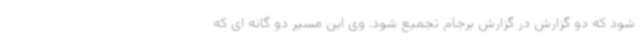
شود که دو گزارش در گزارش برجام تجمیع شود. وی این مسیر دو گانه ای که